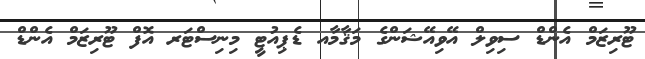
ޓޫރިޒަމް އެންޑް ސިވިލް އޭވިއޭޝަންގެ މަޤާމާއ ޑެޕިއުޓީ މިނިސްޓަރ އޮފް ޓޫރިޒަމް އެންޑް